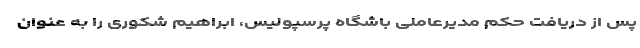
پس از دریافت حکم مدیرعاملی باشگاه پرسپولیس، ابراهیم شکوری را به عنوان